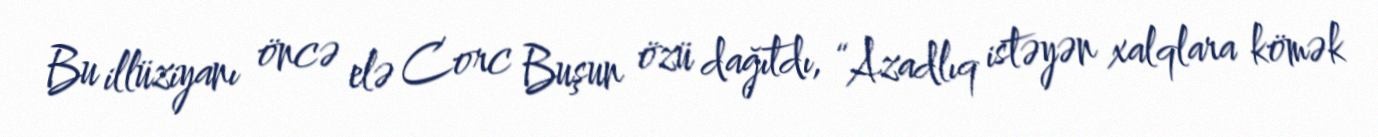
Bu illüziyanı öncə elə Corc Buşun özü dağıtdı, “Azadlıq istəyən xalqlara kömək